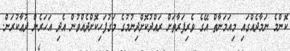
ކޮންމެ ނަމާދެއްގައި މިއަމަނާތް އޭގެ ވެރިފަރާތަށް ރައްދުކޮށްދިނުމުގެ މަގުފަހިކޮށްދެއްވުން އެދި އަހަރެން ދުޢާކުރަން.